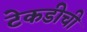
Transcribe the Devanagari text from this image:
टेकडीची